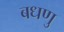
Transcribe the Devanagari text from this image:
बधणु